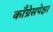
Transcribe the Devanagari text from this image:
काँग्रेसपेक्षा